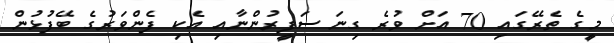
މިީގެ ތެރޭގައި 70 އަށް ވުރެ ގިނަ ސަފީރުންނާއި އެކި ފެންވަރުގެ ބޭފުޅުން